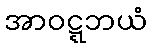
အာဝဋ္ဋဘယံ